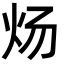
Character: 炀